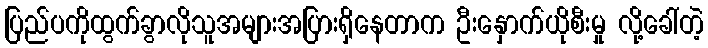
ပြည်ပကိုထွက်ခွာလိုသူအများအပြားရှိနေတာက ဦးနှောက်ယိုစီးမှု လို့ခေါ်တဲ့